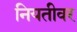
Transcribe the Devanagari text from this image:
नियतीवर